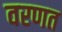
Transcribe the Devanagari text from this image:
वरणत